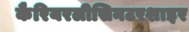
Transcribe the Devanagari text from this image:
कैरियरलीसिनटरशाइर